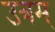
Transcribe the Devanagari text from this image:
उत्रम्